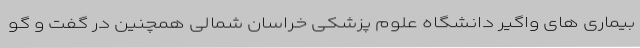
بیماری های واگیر دانشگاه علوم پزشکی خراسان شمالی همچنین در گفت و گو